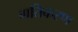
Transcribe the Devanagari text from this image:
गतिकरण